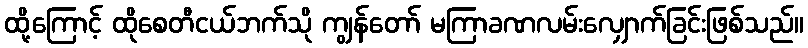
ထို့ကြောင့် ထိုစေတီငယ်ဘက်သို ကျွန်တော် မကြာခဏလမ်းလျှောက်ခြင်းဖြစ်သည်။